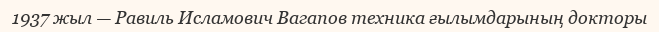
1937 жыл — Равиль Исламович Вагапов техника ғылымдарының докторы